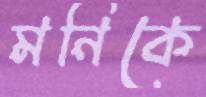
মনিকে